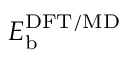
E _ { \mathrm { b } } ^ { \mathrm { D F T / M D } }